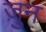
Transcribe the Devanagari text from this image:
ज़ुन